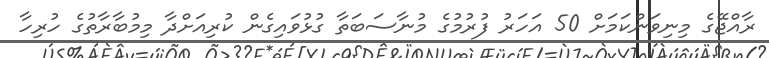
ރާއްޖޭގެ މިނިވަންކަމަށް 50 އަހަރު ފުރުމުގެ މުނާސަބަތާ ގުޅުވައިގެން ކުރިއަށްދާ މިމުބާރާތުގެ ހުރިހާ